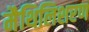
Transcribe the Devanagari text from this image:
मैथिलिशरण